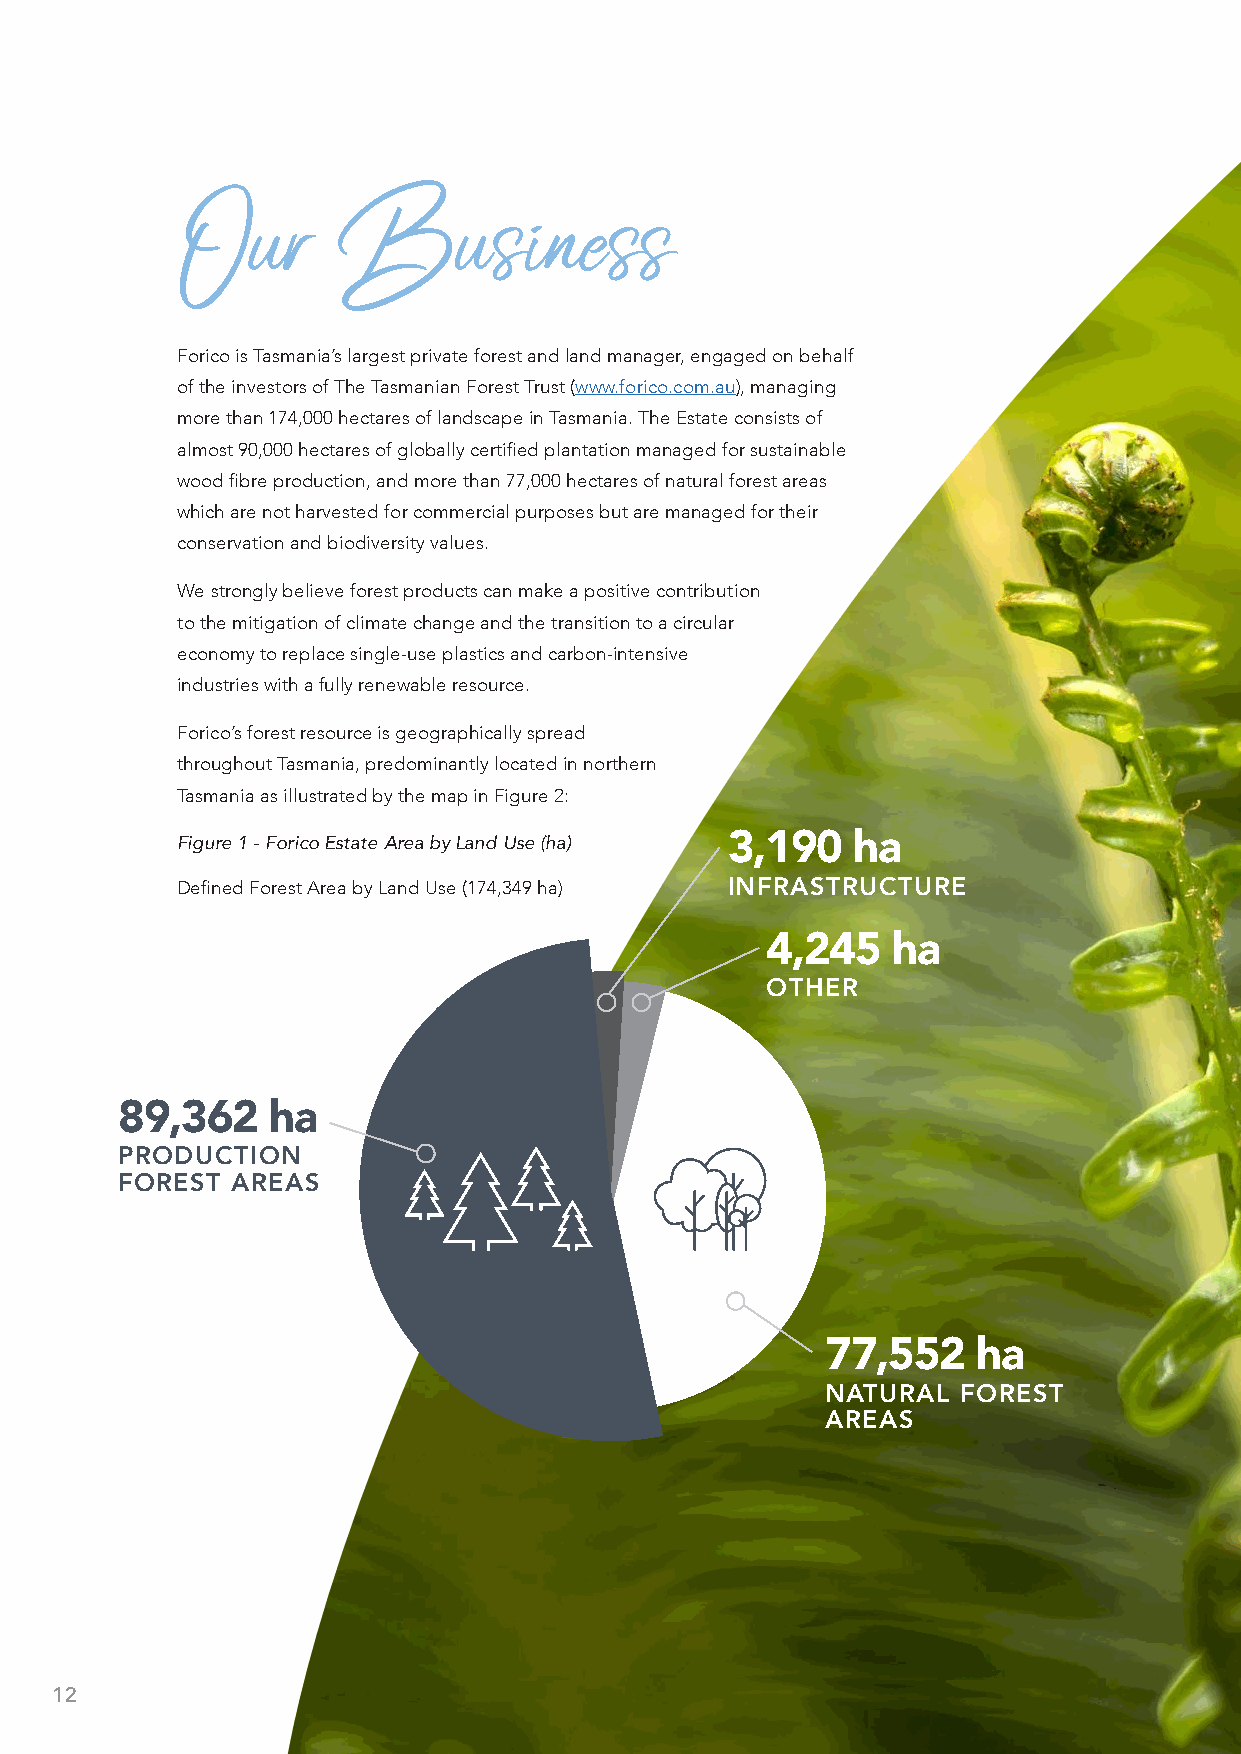
Our        Business
 Forico is Tasmania’s largest private forest and land manager, engaged on behalf
 of the investors of The Tasmanian Forest Trust (www.forico.com.au), managing
 more than 174,000 hectares of landscape in Tasmania. The Estate consists of
 almost 90,000 hectares of globally certified plantation managed for sustainable
 wood fibre production, and more than 77,000 hectares of natural forest areas
 which are not harvested for commercial purposes but are managed for their
 conservation and biodiversity values.
 We strongly believe forest products can make a positive contribution
 to the mitigation of climate change and the transition to a circular
 economy to replace single-use plastics and carbon-intensive
 industries with a fully renewable resource.
 Forico’s forest resource is geographically spread
 throughout Tasmania, predominantly located in northern
 Tasmania as illustrated by the map in Figure 2:
 Figure 1 - Forico Estate Area by Land Use (ha) 3,190 ha
 Defined Forest Area by Land Use (174,349 ha) INFRASTRUCTURE
 4,245   ha
 OTHER
 89,362    ha
 PRODUCTION
 FOREST AREAS
 77,552    ha
 NATURAL  FOREST
 AREAS
 12